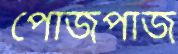
পোজপাজ